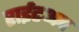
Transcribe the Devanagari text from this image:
राईटअप